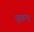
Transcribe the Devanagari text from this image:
वृतान्त्